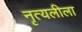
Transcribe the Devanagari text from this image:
नृत्यलीला